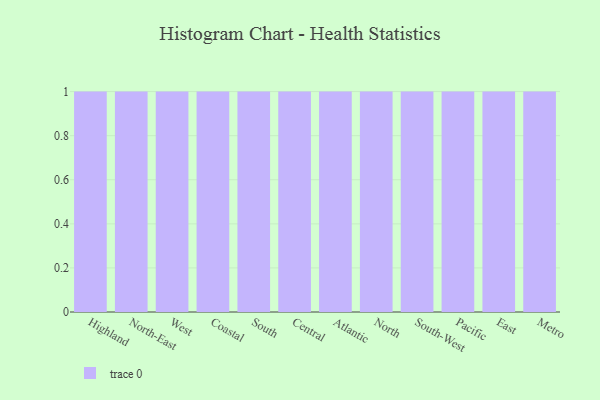
{"axis": {"x": "Region", "y": "Humidity (%)"}, "legend": [""], "data": [{"x": "Highland", "y": 84, "type": ""}, {"x": "North-East", "y": 83, "type": ""}, {"x": "West", "y": 36, "type": ""}, {"x": "Coastal", "y": 21, "type": ""}, {"x": "South", "y": 85, "type": ""}, {"x": "Central", "y": 54, "type": ""}, {"x": "Atlantic", "y": 55, "type": ""}, {"x": "North", "y": 43, "type": ""}, {"x": "South-West", "y": 58, "type": ""}, {"x": "Pacific", "y": 21, "type": ""}, {"x": "East", "y": 62, "type": ""}, {"x": "Metro", "y": 97, "type": ""}]}